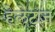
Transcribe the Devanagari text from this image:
हेलेट्ज़